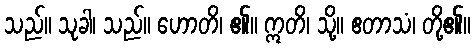
သည်။ သုခါ၊ သည်။ ဟောတိ၊ ၏။ ဣတိ၊ သို့။ ဧတာသံ၊ တို့၏။